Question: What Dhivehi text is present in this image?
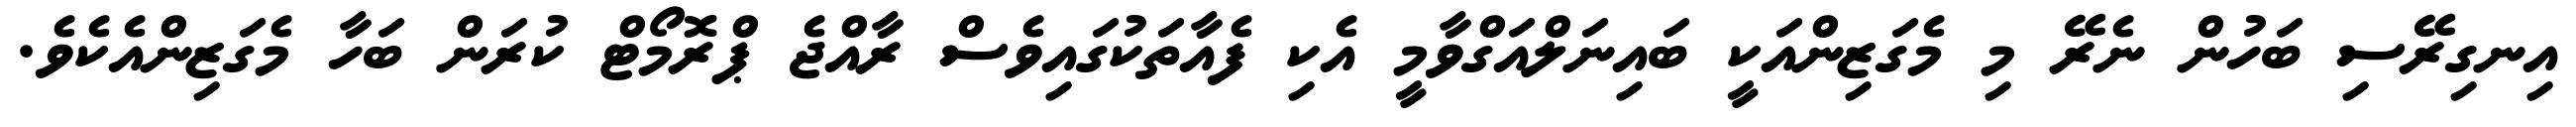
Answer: އިނގިރޭސި ބަހުން ނެރޭ މި މެގަޒިންއަކީ ބައިނަލްއަގްވާމީ އެކި ފެއާތަކުގައިވެސް ރާއްޖެ ޕްރޮމޯޓް ކުރަން ބަހާ މެގަޒިންއެކެވެ.